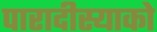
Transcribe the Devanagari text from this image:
पारादीस्याको